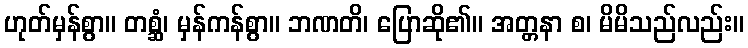
ဟုတ်မှန်စွာ။ တစ္ဆံ၊ မှန်ကန်စွာ။ ဘဏတိ၊ ပြောဆို၏။ အတ္တနာ စ၊ မိမိသည်လည်း။